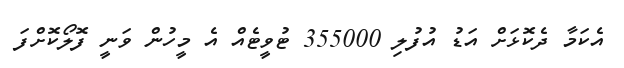
އެކަމާ ދެކޮޅަށް އަޑު އުފުލި 355000 ޓުވީޓެއް އެ މީހުން ވަނީ ފޮލޯކޮށްފަ